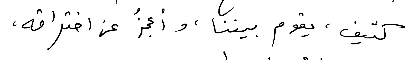
كثيف، يقوم بيننا، وأعجزُ عن اختراقه،